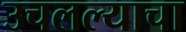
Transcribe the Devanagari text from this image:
उचलल्याचा